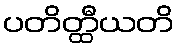
ပတိတ္ထီယတိ